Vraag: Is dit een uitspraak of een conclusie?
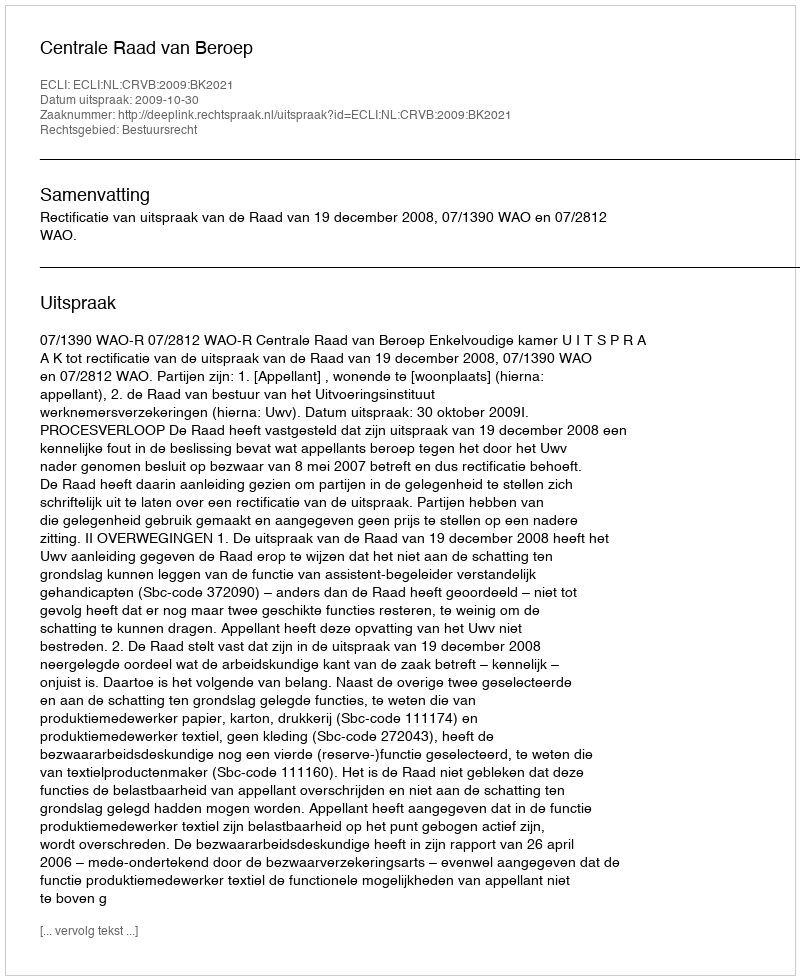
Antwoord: Uitspraak